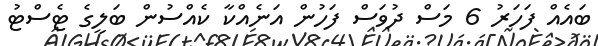
ބައެއް ފަހަރު 6 މަސް ދުވަސް ފަހުން އަނެއްކާ ކެއްސުން ބަލީގެ ޓެސްޓު